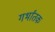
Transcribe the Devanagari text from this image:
गर्भांतक